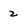
Character: 2